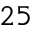
2 5